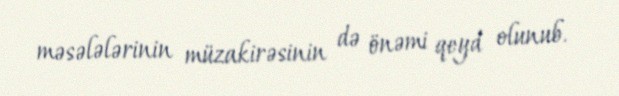
məsələlərinin müzakirəsinin də önəmi qeyd olunub.